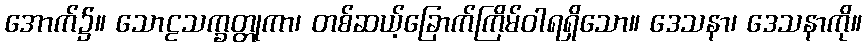
အောက်၌။ သောဠသက္ခတ္တုကာ၊ တစ်ဆယ့်ခြောက်ကြိမ်ဝါရရှိသော။ ဒေသနာ၊ ဒေသနာကို။